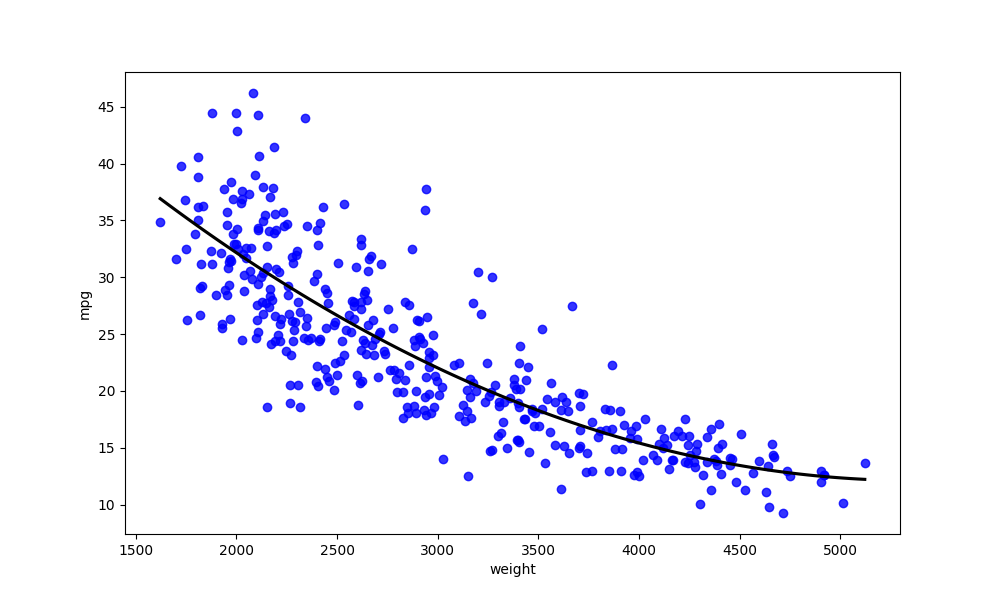
python, seaborn, regplot, order=2, ci=None, scatter_color=blue, line_color=black